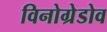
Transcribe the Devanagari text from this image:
विनोग्रेडोव